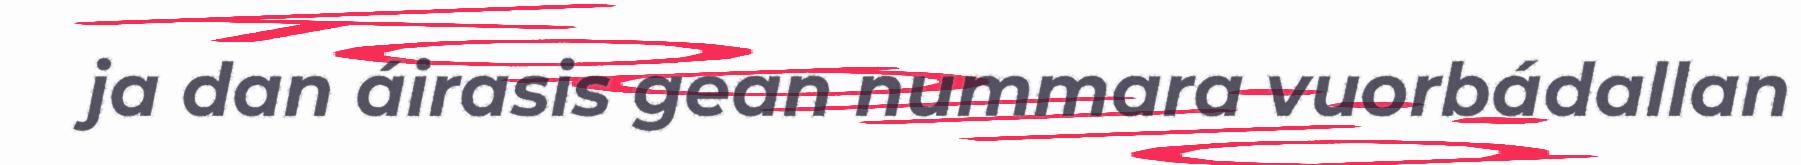
ja dan áirasis gean nummara vuorbádallan